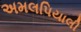
અમલપિયાલી